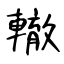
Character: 轍